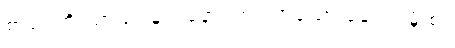
စာပေတွိဿာသ၊ မုသုနော၊ ဣဿာသော ခေပကမှိ စ။